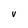
Character: V